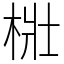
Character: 梉